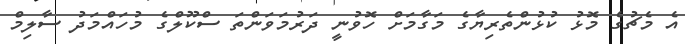
އެ މެޗުގެ މޮޅު ކުޅުންތެރިޔާގެ މަގާމަށް ހޮވުނީ ދަރުމަވަންތަ ސްކޫލްގެ މުހައްމަދު ސާލިމް